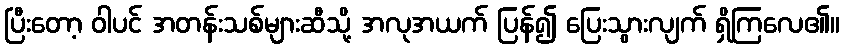
ပြီးတော့ ဝါပင် အတန်းသစ်များဆီသို့ အလုအယက် ပြန်၍ ပြေးသွားလျက် ရှိကြလေ၏။